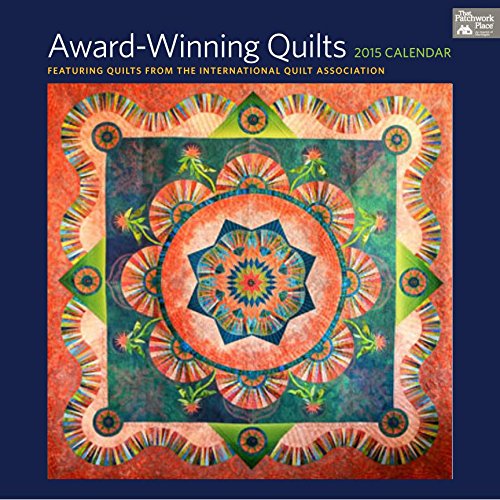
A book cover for Award-Winning Quilts 2015 Calendar: Featuring Quilts from the International Quilt Association; That Patchwork Place; Calendars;